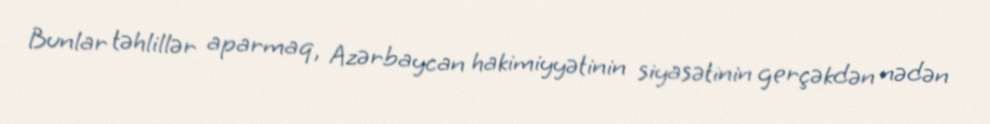
Bunlar təhlillər aparmaq, Azərbaycan hakimiyyətinin siyasətinin gerçəkdən nədən